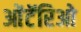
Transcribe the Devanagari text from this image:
ओंटॅरिओ